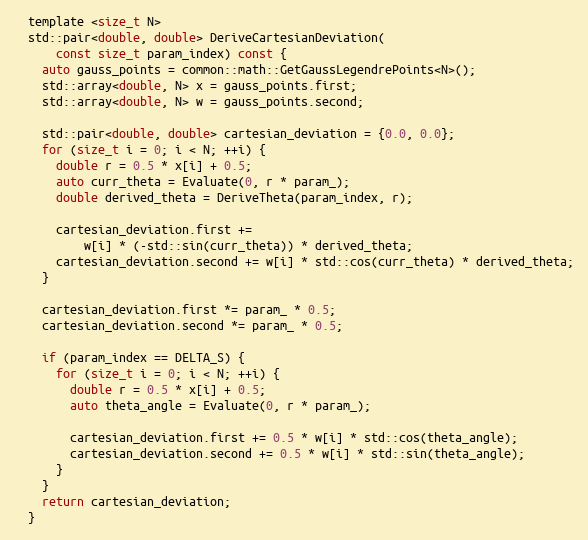
Language: C
  template <size_t N>
  std::pair<double, double> DeriveCartesianDeviation(
      const size_t param_index) const {
    auto gauss_points = common::math::GetGaussLegendrePoints<N>();
    std::array<double, N> x = gauss_points.first;
    std::array<double, N> w = gauss_points.second;

    std::pair<double, double> cartesian_deviation = {0.0, 0.0};
    for (size_t i = 0; i < N; ++i) {
      double r = 0.5 * x[i] + 0.5;
      auto curr_theta = Evaluate(0, r * param_);
      double derived_theta = DeriveTheta(param_index, r);

      cartesian_deviation.first +=
          w[i] * (-std::sin(curr_theta)) * derived_theta;
      cartesian_deviation.second += w[i] * std::cos(curr_theta) * derived_theta;
    }

    cartesian_deviation.first *= param_ * 0.5;
    cartesian_deviation.second *= param_ * 0.5;

    if (param_index == DELTA_S) {
      for (size_t i = 0; i < N; ++i) {
        double r = 0.5 * x[i] + 0.5;
        auto theta_angle = Evaluate(0, r * param_);

        cartesian_deviation.first += 0.5 * w[i] * std::cos(theta_angle);
        cartesian_deviation.second += 0.5 * w[i] * std::sin(theta_angle);
      }
    }
    return cartesian_deviation;
  }